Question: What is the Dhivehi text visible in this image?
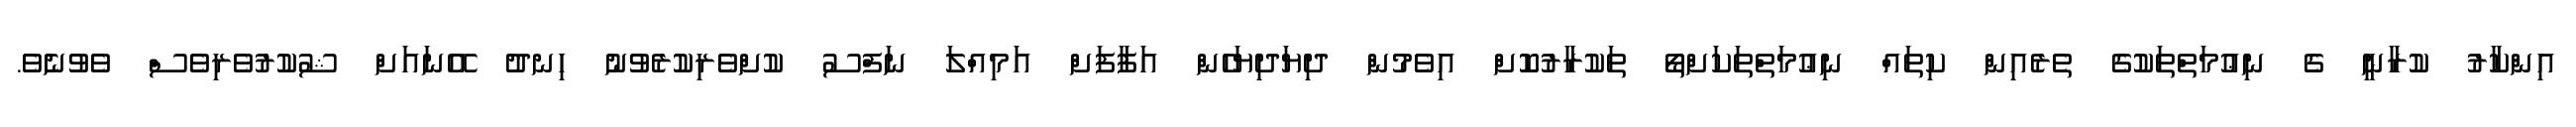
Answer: އިންކާރު ކުރާނީ ގެ ނިޢުމަތްތަކުގެ ތެރެއިން ކިތައް ނިޢުމަތްތަކަށްތޯ ތަކުރާރުކޮށް އިވެމުން ދިޔަދިޔަހެން އަފާފަށް އަމިއްލަ ނަފްސު ކުށްވެރިކުރެވުނު ހިނދު އޭނައަށް ޝުކުރުވެރިވެސް ވެވުނެވެ.